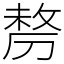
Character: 剺